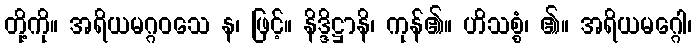
တို့ကို။ အရိယမဂ္ဂဝသေ န၊ ဖြင့်။ နိဒ္ဒိဋ္ဌာနိ၊ ကုန်၏။ ဟိသစ္စံ၊ ၏။ အရိယမဂ္ဂေါ၊